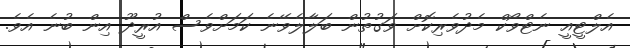
އެލްޓީއީ ނެޓްވޯކް މެދުވެރިކޮށް ވަގުތުން ބަލާލެވޭނެ ކަމަށްވެސް އުރީދޫ އިން ބުނެ އެވެ.